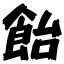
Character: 飴